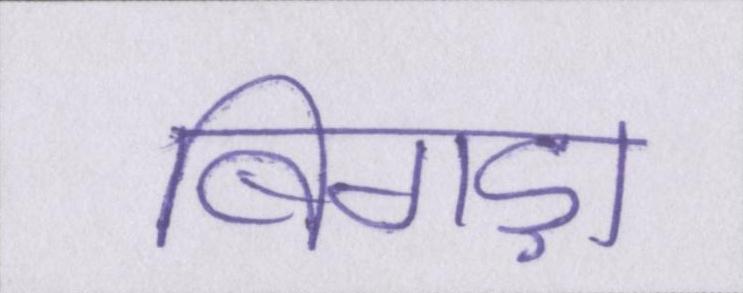
बिगड़ा